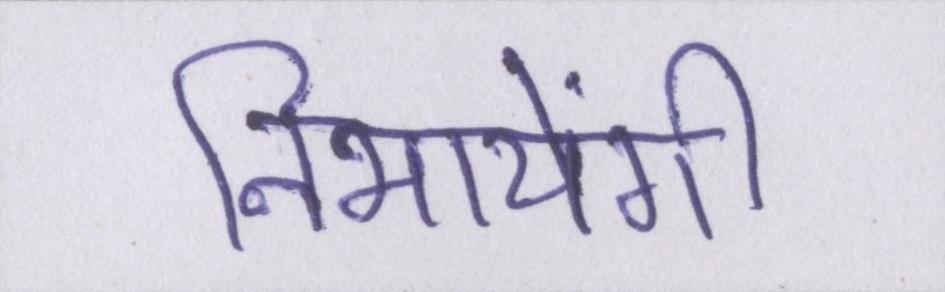
निभायेंगी